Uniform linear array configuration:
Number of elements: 64
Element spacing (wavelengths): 0.5
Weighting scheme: hamming
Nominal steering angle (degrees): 60
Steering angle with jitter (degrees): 58.819
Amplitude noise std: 0.05
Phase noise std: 0.05

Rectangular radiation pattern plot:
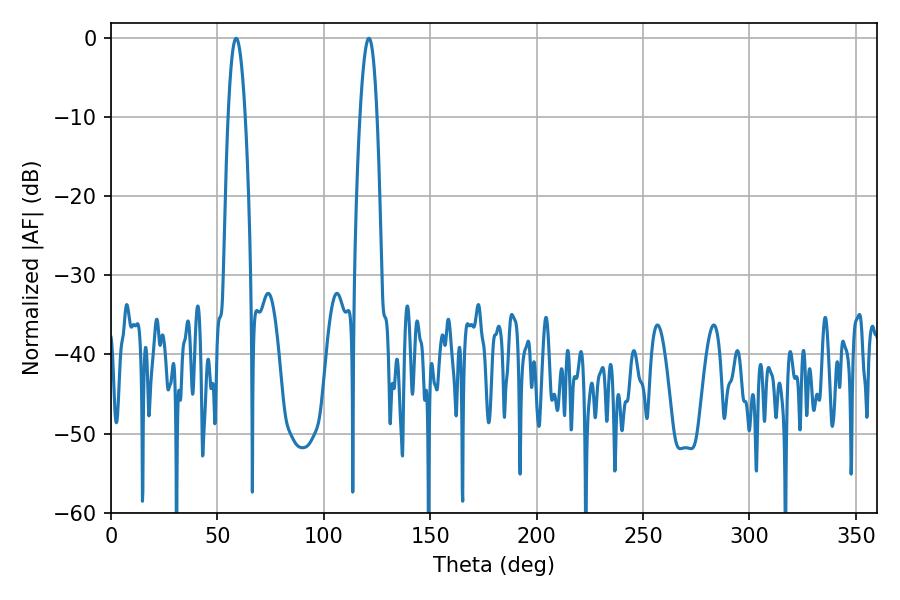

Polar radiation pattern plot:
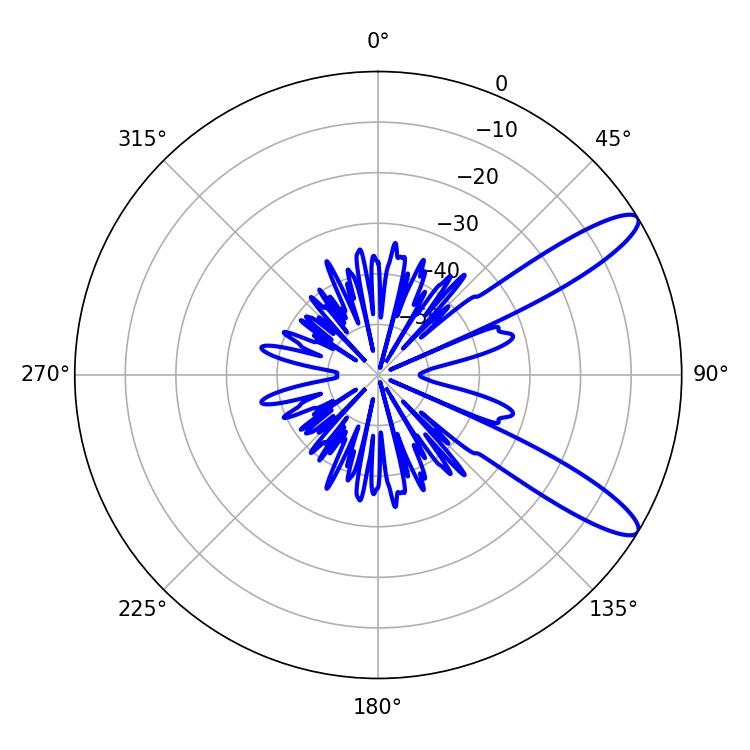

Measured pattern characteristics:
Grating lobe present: FALSE
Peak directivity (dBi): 11.445
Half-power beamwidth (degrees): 4.32
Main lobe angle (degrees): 58.86